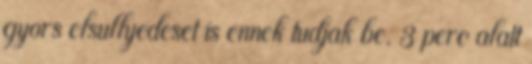
gyors elsullyedeset is ennek tudjak be. 3 perc alatt